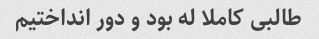
طالبی کاملا له بود و دور انداختیم